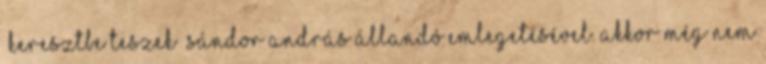
„keresztbe teszek” Sándor András állandó emlegeté­sével. Akkor még nem